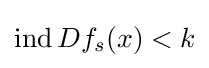
\operatorname {ind} Df_{s}(x)<k